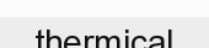
thermical